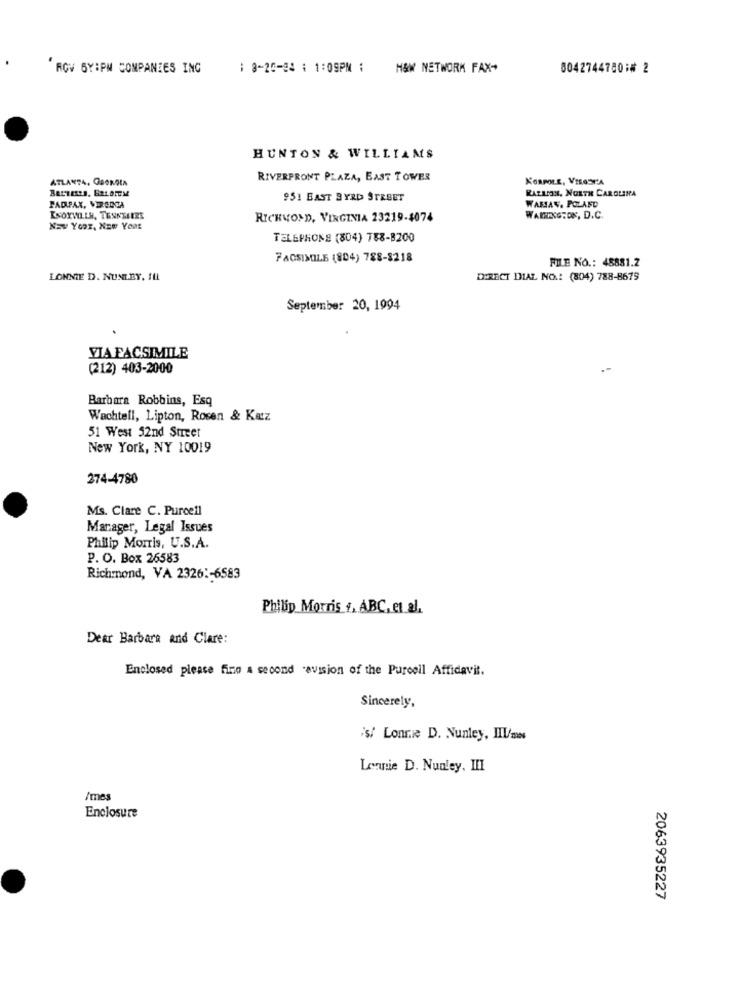
ROV GY:PM COMPANIES ING
: 8-20-84 1 1:09PM :
H&M NETWORK FAX-
00427447801# 2
HUNTON & WILLIAMS
ATLANTA, GROROCA
RIVERFRONT PLAZA, EAST TOWER
BLUTESTS. BRLOTEM
RAZLION, NORTH CAROLINA
951 BAST BYRD STREET
FADFAX, VERGATA
WAMIAV. POLAND
KNOXWILLH, TENKTELES
RICHMOND, VIRGINIA 23219-4074
WARRINGTON, D.C.
Naw YOUR, NEW Year
TELEPHONE (804) 788-B200
FACSIMILE (804) 788-8218
FILE NO .: 48881.2
LONNIE D. NUNLEY. ILL
DIRECT DIAL NO .: (804) 788-8679
September 20, 1994
VIA FACSIMILE
(212) 403-2000
Barbara Robbins, Esq
Wachtell, Lipton, Rosen & Katz
51 West 52nd Street
New York, NY 10019
274-4780
Ms. Clare C. Purcell
Manager, Legal Issues
Philip Morris, U.S.A.
P. O. Box 26583
Richmond, VA 2326 :- 6583
Philip Morris +, ABC, et al.
Dear Barbara and Clare:
Enclosed please fino a second .avision of the Purcell Affidavit.
Sincerely,
's/ Lonnie D. Nunley, IIL/mes
Lennie D. Nunley, III
/mes
Enclosure
2063935227